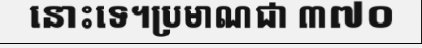
នោះទេ។ប្រមាណជា ៣៧០